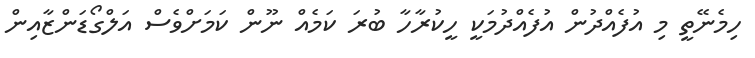
ހިމެނޭތީ މި އުފެއްދުން އުފެއްދުމަކީ ހީކުރާހާ ބުރަ ކަމެއް ނޫން ކަމަށްވެސް އަލްގޯޑަންޒާއިން